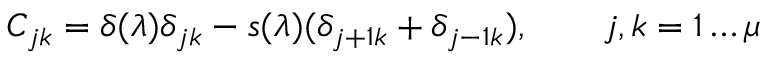
C _ { j k } = \delta ( \lambda ) \delta _ { j k } - s ( \lambda ) ( \delta _ { j + 1 k } + \delta _ { j - 1 k } ) , \qquad j , k = 1 \dots \mu